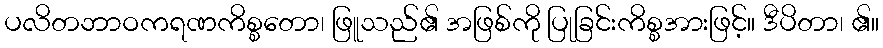
ပလိတဘာဝကရဏကိစ္စတော၊ ဖြူသည်၏ အဖြစ်ကို ပြုခြင်းကိစ္စအားဖြင့်။ ဒီပိတာ၊ ၏။